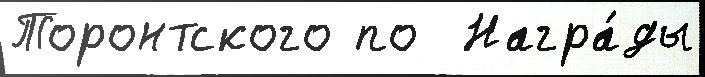
Торонтского по  Награ́ды